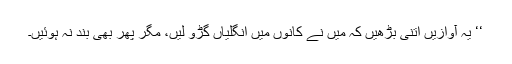
‘‘ یہ آوازیں اتنی بڑھیں کہ میں نے کانوں میں انگلیاں گڑو لیں، مگر پھر بھی بند نہ ہوئیں۔